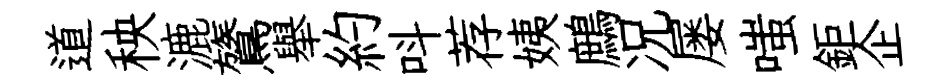
道秧漉鷟舉約呌荐姨鷓况屡嗤鉅企